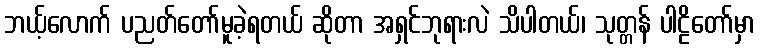
ဘယ့်လောက် ပညတ်တော်မူခဲ့ရတယ် ဆိုတာ အရှင်ဘုရားလဲ သိပါတယ်၊ သုတ္တန် ပါဠိတော်မှာ